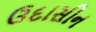
ઉદાસીન